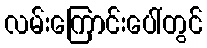
လမ်းကြောင်းပေါ်တွင်